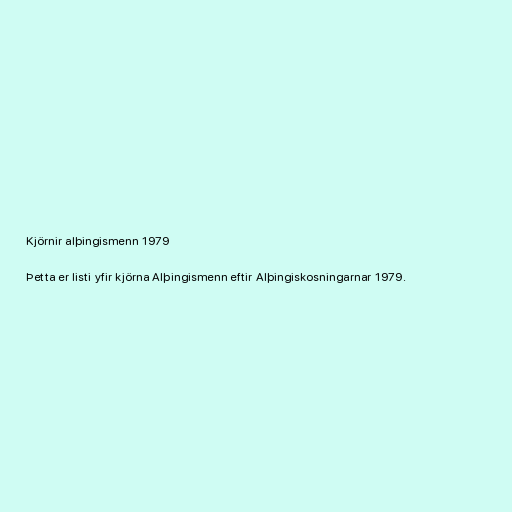
Kjörnir alþingismenn 1979

Þetta er listi yfir kjörna Alþingismenn eftir Alþingiskosningarnar 1979.